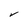
Character: V